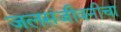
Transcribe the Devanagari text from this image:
जलसंजीवनीचा